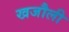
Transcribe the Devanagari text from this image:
खजौली